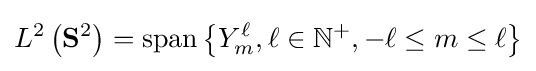
L^{2}\left(\mathbf {S} ^{2}\right)=\operatorname {span} \left\{Y_{m}^{\ell },\ell \in \mathbb {N} ^{+},-\ell \leq m\leq \ell \right\}